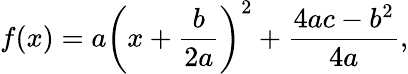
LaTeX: f(x)=a\left(x+{\frac{b}{2a}}\right)^{2}+{\frac{4ac-b^{2}}{4a}},